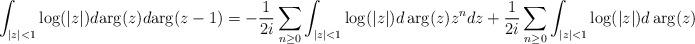
LaTeX: \begin{align*}\int_{|z|< 1}\log(|z|)d\mathrm{arg}(z)d\mathrm{arg}(z-1)=-\frac{1}{2 i}\sum_{n\geq 0}\int_{|z|< 1}\log(|z|)d\arg(z)z^ndz+\frac{1}{2 i}\sum_{n\geq 0}\int_{|z|< 1}\log(|z|)d\arg(z)\overline z^nd\overline z,\end{align*}